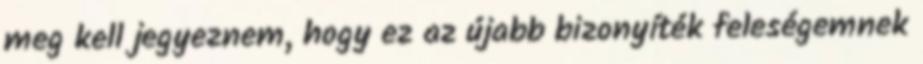
meg kell jegyeznem, hogy ez az újabb bizonyíték feleségemnek